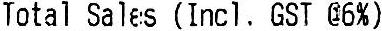
TOTAL SALES (INCL. GST @6%)